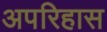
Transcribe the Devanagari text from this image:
अपरिहास